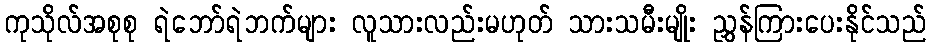
ကုသိုလ်အစုစု ရဲဘော်ရဲဘက်များ လူသားလည်းမဟုတ် သားသမီးမျိုး ညွှန်ကြားပေးနိုင်သည်